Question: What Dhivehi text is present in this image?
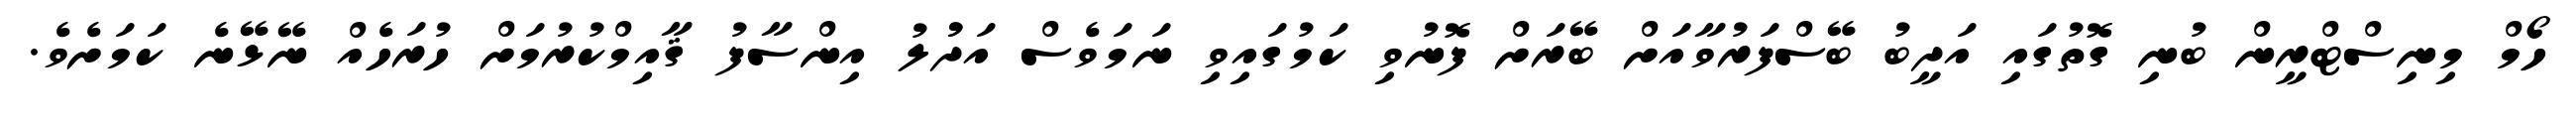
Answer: ހޯމް މިނިސްޓްރީން ބުނި ގޮތުގައި އަދީބު ބޭސްފަރުވާއަށް ބޭރަށް ފޮނުވި ކަމުގައިވި ނަމަވެސް އަދުުލު އިންސާފު ޤާއިމްކުރުމަށް ހުރަހެއް ނޭޅޭނެ ކަމަށެވެ.